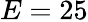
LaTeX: E=25